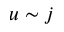
u \sim j